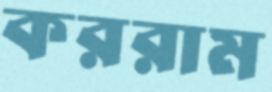
কররাম